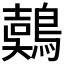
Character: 𪃇